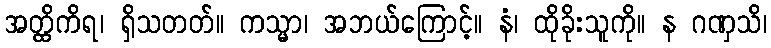
အတ္ထိကိရ၊ ရှိသတတ်။ ကသ္မာ၊ အဘယ်ကြောင့်။ နံ၊ ထိုခိုးသူကို။ န ဂဏှသိ၊